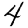
Digit: 4